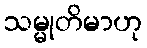
သမ္မုတိမာဟု